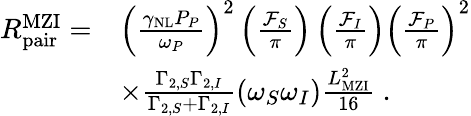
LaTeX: \begin{array}{rl}{R_{\mathrm{pair}}^{\mathrm{MZI}}=}&{\left(\frac{\gamma_{\mathrm{NL}}P_{P}}{\omega_{P}}\right)^{2}\left(\frac{\mathcal{F}_{S}}{\pi}\right)\left(\frac{\mathcal{F}_{I}}{\pi}\right)\left(\frac{\mathcal{F}_{P}}{\pi}\right)^{2}}\\ &{\times\frac{\Gamma_{2,S}\Gamma_{2,I}}{\Gamma_{2,S}+\Gamma_{2,I}}\left(\omega_{S}\omega_{I}\right)\frac{L_{\mathrm{MZI}}^{2}}{16}\ .}\end{array}